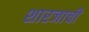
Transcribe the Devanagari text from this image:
शारजाची